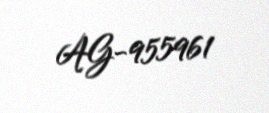
AG-955961